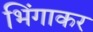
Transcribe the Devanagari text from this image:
भिंगाकर